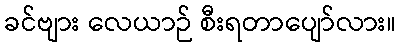
ခင်ဗျား လေယာဉ် စီးရတာပျော်လား။